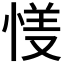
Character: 𱞦